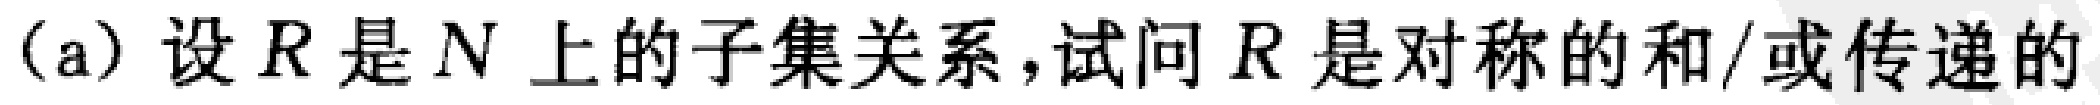
(a) 设 \(R\) 是 \(N\) 上的子集关系,试问 \(R\) 是对称的和/或传递的